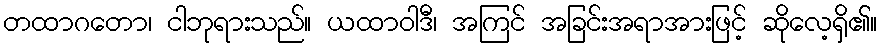
တထာဂတော၊ ငါဘုရားသည်။ ယထာဝါဒီ၊ အကြင် အခြင်းအရာအားဖြင့် ဆိုလေ့ရှိ၏။